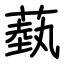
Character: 蓺